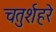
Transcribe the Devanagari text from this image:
चतुर्शहरे